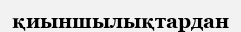
қиыншылықтардан